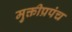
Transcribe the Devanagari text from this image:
मुक्तीप्रपंच